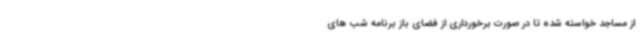
از مساجد خواسته شده تا در صورت برخورداری از فضای باز برنامه‌ شب های